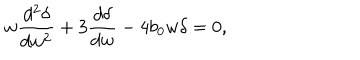
w \frac { d ^ { 2 } \delta } { d w ^ { 2 } } + 3 \frac { d \delta } { d w } - 4 b _ { 0 } w \delta = 0 ,